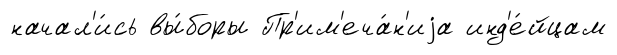
начал'и́сь вы́боры Пр'им'еча́н'иjа инд'е́йцам